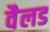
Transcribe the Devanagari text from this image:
वैलड